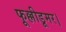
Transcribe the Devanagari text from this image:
फूल्लीडूमर।